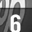
Digit: 6